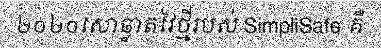
២០២០សោឆ្លាតវៃថ្មីរបស់ SimpliSafe គឺ